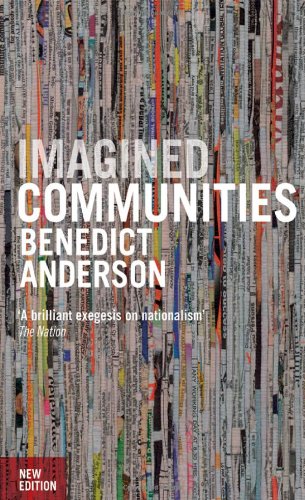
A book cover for Imagined Communities: Reflections on the Origin and Spread of Nationalism, Revised Edition; Benedict Anderson; Politics & Social Sciences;